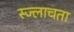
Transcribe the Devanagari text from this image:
स्ज्लाचता